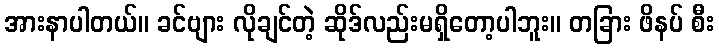
အားနာပါတယ်။ ခင်ဗျား လိုချင်တဲ့ ဆိုဒ်လည်းမရှိတော့ပါဘူး။ တခြား ဖိနပ် စီး